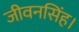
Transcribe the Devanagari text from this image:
जीवनसिंह।